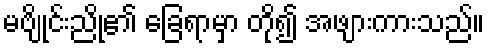
မဗျိုင်းညို၏ ခြေရာမှာ တို၍ အဖျားကားသည်။